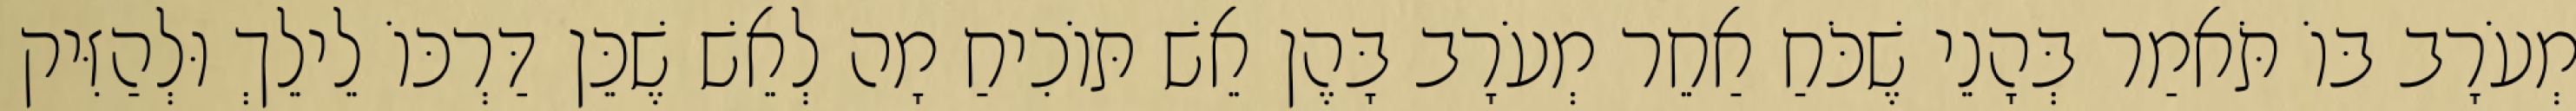
מְעֹרָב בּוֹ תֹּאמַר בְּהָנֵי שֶׁכֹּחַ אַחֵר מְעֹרָב בָּהֶן אֵשׁ תּוֹכִיחַ מָה לְאֵשׁ שֶׁכֵּן דַּרְכּוֹ לֵילֵךְ וּלְהַזִּיק